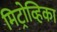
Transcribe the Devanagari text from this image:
मिट्रोव्हिका